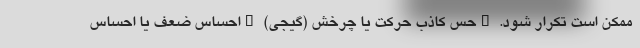
ممکن است تکرار شود. _حس کاذب حرکت یا چرخش (گیجی) _احساس ضعف یا احساس